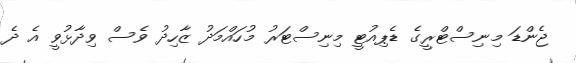
ޖެންޑަ މިނިސްޓްރީގެ ޑެޕިއުޓީ މިނިސްޓަރު މުހައްމަދު ޒާހިދު ވެސް ވިދާޅުވީ އެ ދެ